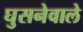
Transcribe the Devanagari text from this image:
घुसनेवाले